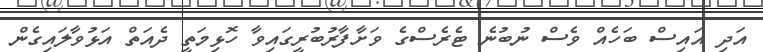
އަދި އައިސް ބަހެއް ވެސް ނުބުނެ ޓެރެސްގެ ވަށާފާރުބުރީގައިވާ ހޮޅިމަތީ ދެއަތް އަޅުވާލައިގެން